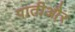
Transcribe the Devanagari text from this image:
पातीऔर